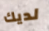
لديك